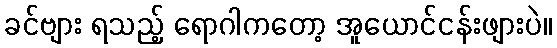
ခင်ဗျား ရသည့် ရောဂါကတော့ အူယောင်ငန်းဖျားပဲ။